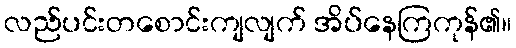
လည်ပင်းတစောင်းကျလျက် အိပ်နေကြကုန်၏။